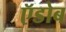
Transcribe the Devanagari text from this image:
ऍडोब